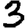
Digit: 3